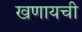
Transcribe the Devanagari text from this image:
खणायची